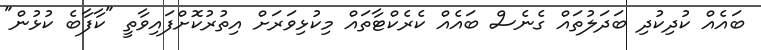
ބައެއް ކުދިކުދި ބަދަލުތައް ގެނެސް ބައެއް ކެރެކްޓާތައް މިކުޅިވަރަށް އިތުރުކޮށްފައިވާތީ "ކާފާބެ ކުޅުން"